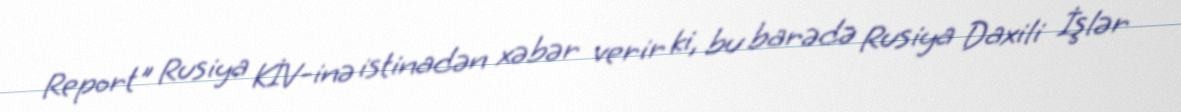
Report" Rusiya KİV-inə istinadən xəbər verir ki, bu barədə Rusiya Daxili İşlər